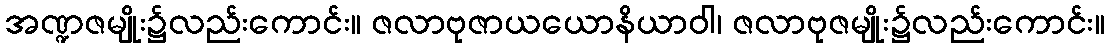
အဏ္ဍဇမျိုး၌လည်းကောင်း။ ဇလာဗုဇာယယောနိယာဝါ၊ ဇလာဗုဇမျိုး၌လည်းကောင်း။